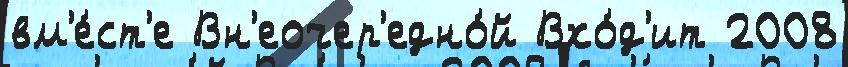
вм'е́ст'е Вн'еочер'едно́й Вхо́д'ит 2008